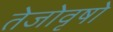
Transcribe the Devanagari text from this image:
तेजोवृषो